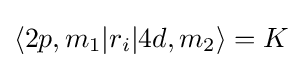
\langle 2p,m_{1}|r_{i}|4d,m_{2}\rangle =K